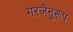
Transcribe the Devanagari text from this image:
गरजेनुरूप